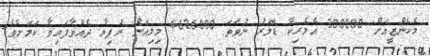
މެކެންޒީއަށް 300000 އެމެރިކާ ޑޮލަރު ނުވަތަ 4626000 މިލިއަން ރުފިޔާ ދެއްވާފައިވާ ކަމަށެވެ.